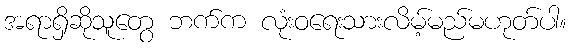
အရာရှိဆိုသူတွေ ဘက်က လုံးဝရေးသားလိမ့်မည်မဟုတ်ပါ။